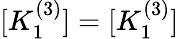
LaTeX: [K_{1}^{(3)}]=[K_{1}^{(3)}]